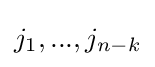
j_{1},...,j_{n-k}